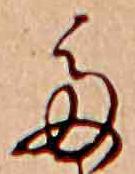
た